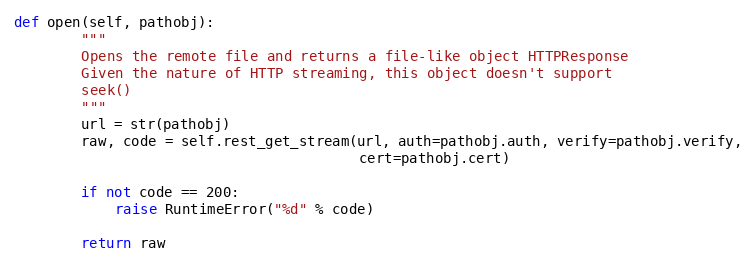
Language: Python
def open(self, pathobj):
        """
        Opens the remote file and returns a file-like object HTTPResponse
        Given the nature of HTTP streaming, this object doesn't support
        seek()
        """
        url = str(pathobj)
        raw, code = self.rest_get_stream(url, auth=pathobj.auth, verify=pathobj.verify,
                                         cert=pathobj.cert)

        if not code == 200:
            raise RuntimeError("%d" % code)

        return raw